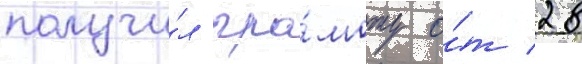
получи́л гра́моту о́т 28